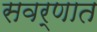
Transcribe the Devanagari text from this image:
सवर्णात